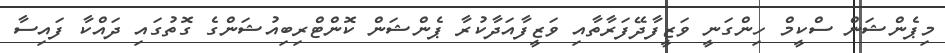
މިޕެންޝަން ސްކީމް ހިންގަނީ ވަޒީފާދޭފަރާތާއި ވަޒީފާއަދާކުރާ ޕެންޝަން ކޮންޓްރިބިއުޝަންގެ ގޮތުގައި ދައްކާ ފައިސާ